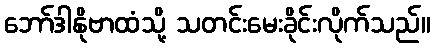
ဘော်ဒါနိုဗာထံသို့ သတင်းမေးခိုင်းလိုက်သည်။